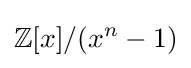
\mathbb {Z} [x]/(x^{n}-1)